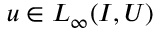
u \in L _ { \infty } ( I , U )